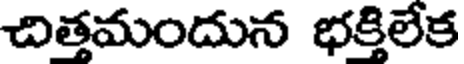
చిత్తమందున భక్తిలేక